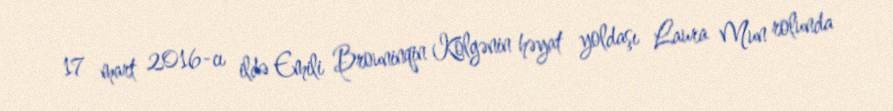
17 mart 2016-cı ildə Emili Brouninqin Kölgənin həyat yoldaşı Laura Mun rolunda